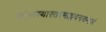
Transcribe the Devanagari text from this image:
तदेतस्यास्तस्माद्वदनकमलं